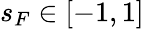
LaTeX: s_{F}\in[-1,1]